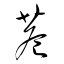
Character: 巷